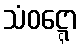
သံဝဋ္ဋော